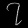
Digit: ၇